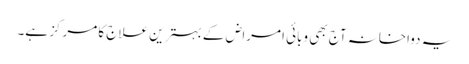
یہ دواخانہ آج بھی وبائی امراض کے بہترین علاج کا مرکز ہے۔